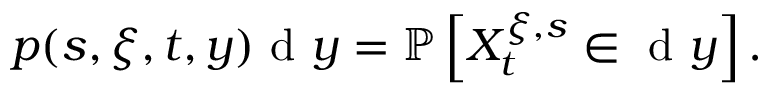
p ( s , \xi , t , y ) \textrm { d } y = \mathbb { P } \left[ X _ { t } ^ { \xi , s } \in \textrm { d } y \right] .